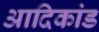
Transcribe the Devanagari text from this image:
आदिकांड